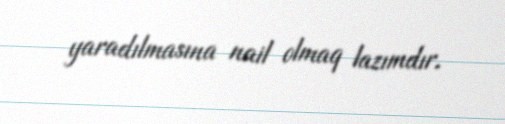
yaradılmasına nail olmaq lazımdır.